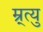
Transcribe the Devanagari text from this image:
म्र्त्यु